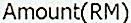
AMOUNT(RM)